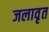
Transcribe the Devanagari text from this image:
जलावृत